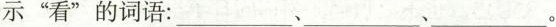
示“看”的词语：___、___、___。